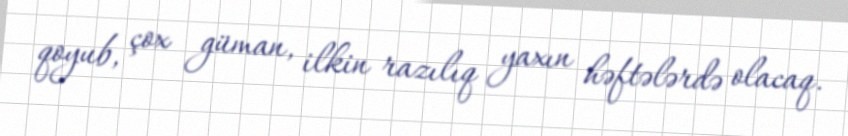
qoyub, çox güman, ilkin razılıq yaxın həftələrdə olacaq.